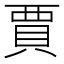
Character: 賈